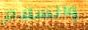
والسلام